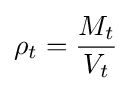
\rho _{t}={\frac {M_{t}}{V_{t}}}